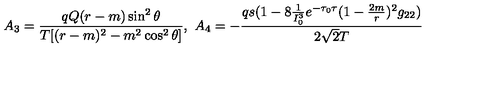
A _ { 3 } = { \frac { q Q ( r - m ) \sin ^ { 2 } \theta } { T [ ( r - m ) ^ { 2 } - m ^ { 2 } \cos ^ { 2 } \theta ] } } , \ A _ { 4 } = - { \frac { q s ( 1 - 8 { \frac { 1 } { I _ { 0 } ^ { 3 } } } e ^ { - \tau _ { 0 } \tau } ( 1 - { \frac { 2 m } { r } } ) ^ { 2 } g _ { 2 2 } ) } { 2 \sqrt { 2 } T } }